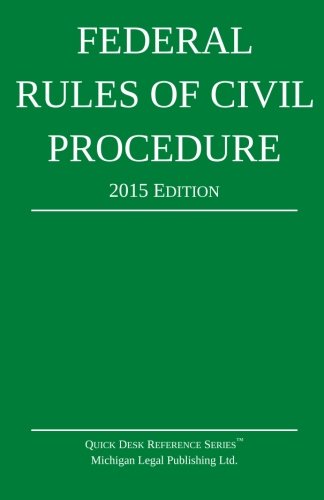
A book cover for Federal Rules of Civil Procedure; 2015 Edition; Michigan Legal Publishing Ltd.; Law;